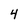
Character: 4